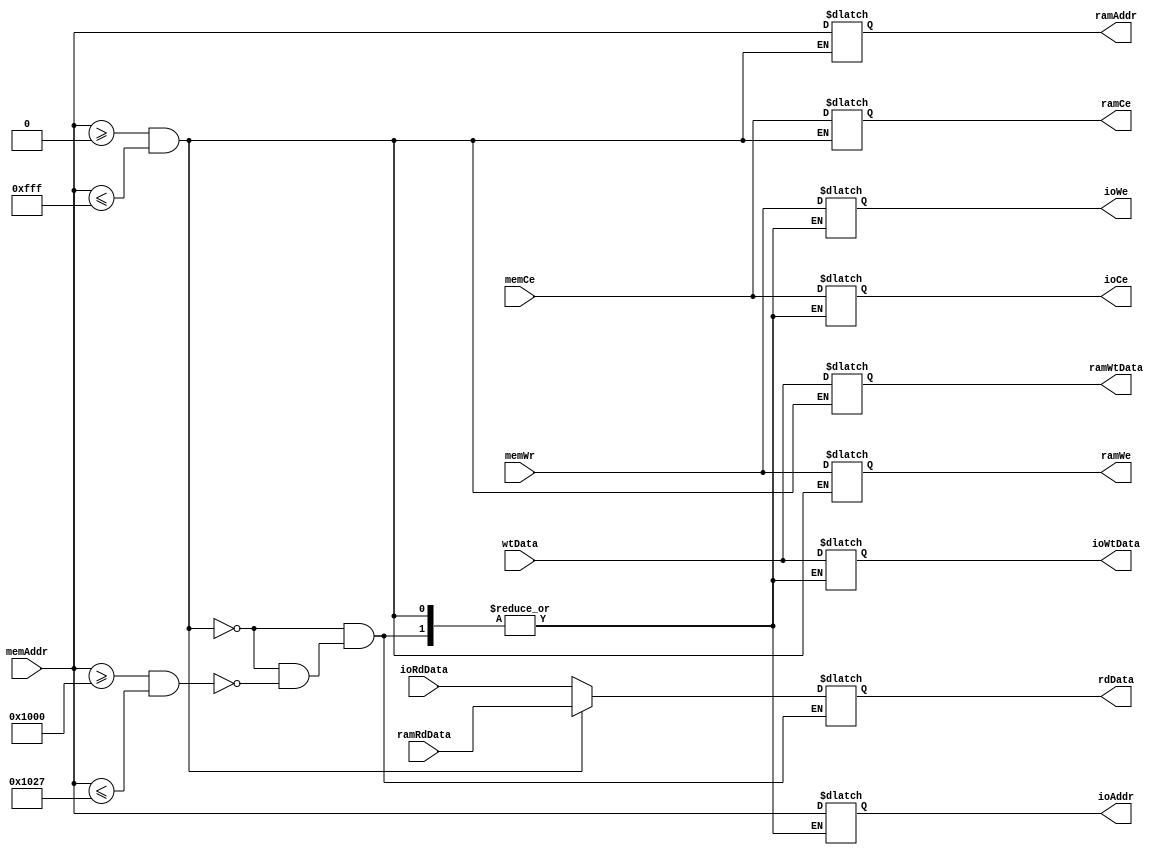
module MIOC(
    input wire memCe,
    input wire [31:0]wtData,
    input wire memWr,
    input wire [31:0]memAddr,
    input wire [31:0]ramRdData,
    input wire [31:0]ioRdData,
    output reg ramCe,
    output reg ramWe,
    output reg [31:0]ramWtData,
    output reg [31:0]ramAddr,
    output reg ioCe,
    output reg ioWe,
    output reg [31:0]ioWtData,
    output reg [31:0]ioAddr,
    output reg [31:0]rdData
);
    reg [31:0]User_start;
    reg [31:0]User_end;
    reg [31:0]IO_start;
    reg [31:0]IO_end;


    initial
        begin
            User_start = 32'h0000_0000;
            User_end = 32'h0000_0FFF;
            IO_start = 32'h0000_1000;
            IO_end = 32'h0000_1027;
        end
    always@(*)
        if(memAddr >= User_start && memAddr <= User_end)
            begin
                ramCe = memCe;
                ramWe = memWr;
                ramWtData = wtData;
                ramAddr = memAddr;
                rdData = ramRdData;
            end
        else if(memAddr >= IO_start && memAddr <= IO_end)
            begin
                ioCe = memCe;
                ioWe = memWr;
                ioWtData = wtData;
                ioAddr = memAddr;
                rdData = ioRdData;
            end    
endmodule